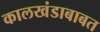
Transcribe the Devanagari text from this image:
कालखंडाबाबत